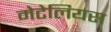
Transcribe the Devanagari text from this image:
मेटेलियस